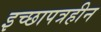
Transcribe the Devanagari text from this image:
इच्छापत्रहीन